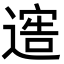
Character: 𨖄